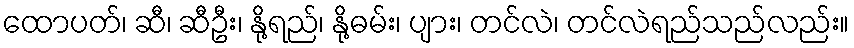
ထောပတ်၊ ဆီ၊ ဆီဦး၊ နို့ရည်၊ နို့ဓမ်း၊ ပျား၊ တင်လဲ၊ တင်လဲရည်သည်လည်း။